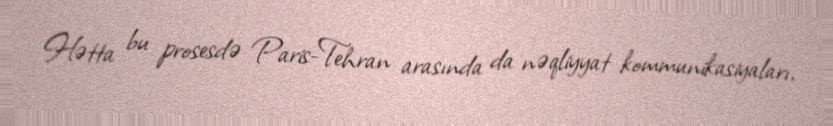
Hətta bu prosesdə Paris-Tehran arasında da nəqliyyat kommunikasiyaları,